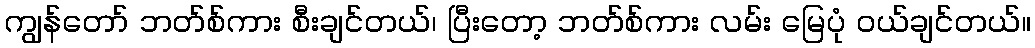
ကျွန်တော် ဘတ်စ်ကား စီးချင်တယ်၊ ပြီးတော့ ဘတ်စ်ကား လမ်း မြေပုံ ဝယ်ချင်တယ်။